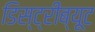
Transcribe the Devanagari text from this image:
डिस्ट्रीब्यूट